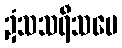
ဍံသသရီသပေ